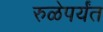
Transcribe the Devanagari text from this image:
रुळेपर्यंत